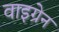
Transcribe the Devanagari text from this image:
वाइग्रेन